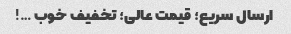
ارسال سریع؛ قیمت عالی؛ تخفیف خوب …!